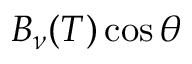
B _ { \nu } ( T ) \cos \theta